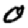
Digit: 0